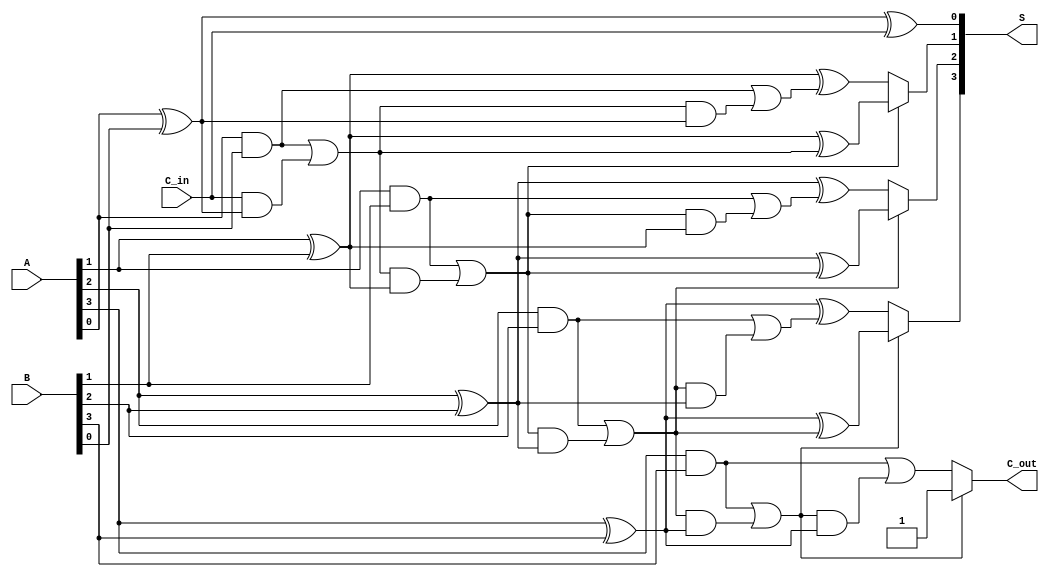
module ConditionalSumAdder #(parameter n = 4) (
    input [n-1:0] A,        // First n-bit input
    input [n-1:0] B,        // Second n-bit input
    input C_in,             // Initial carry input
    output [n-1:0] S,       // Sum output
    output C_out            // Final carry output
);

    wire [n-1:0] S0;       // Partial sum without carry
    wire [n-1:0] S1;       // Partial sum with carry
    wire [n-1:0] C0;       // Carry outputs without carry
    wire [n-1:0] C1;       // Carry outputs with carry
    wire [n-1:0] C_select; // Carry selection for multiplexing

    // Generate partial sums and carries
    genvar i;
    generate
        for (i = 0; i < n; i = i + 1) begin : CSA
            // Partial sums
            assign S0[i] = A[i] ^ B[i] ^ (i == 0 ? C_in : C0[i-1]);
            assign S1[i] = A[i] ^ B[i] ^ (i == 0 ? C_in : C1[i-1]);

            // Carry calculations
            assign C0[i] = (A[i] & B[i]) | ((i == 0 ? C_in : C0[i-1]) & (A[i] ^ B[i]));
            assign C1[i] = (A[i] & B[i]) | (C0[i] & (A[i] ^ B[i]));
        end
    endgenerate

    // Select the appropriate sum based on carry
    generate
        for (i = 0; i < n; i = i + 1) begin : SUM_SELECTION
            assign S[i] = C0[i] ? S0[i] : S1[i];
        end
    endgenerate

    // Final carry output
    assign C_out = C0[n-1] ? C0[n-1] : C1[n-1];

endmodule